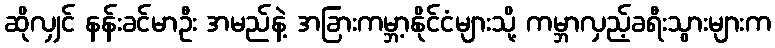
ဆိုလျှင် နန်းခင်မာဦး အမည်နဲ့ အခြားကမ္ဘာ့နိုင်ငံများသို့ ကမ္ဘာလှည့်ခရီးသွားများက